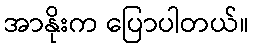
အာနိုးက ပြောပါတယ်။